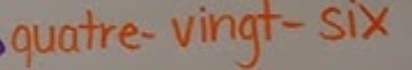
quatre-vingt-six